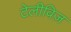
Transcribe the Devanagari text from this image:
टेलीविज़